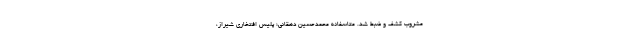
مشروب کشف و ضبط شد. متاسفانه محمدحسین دهقانی؛ پلیس افتخاری شیراز،